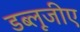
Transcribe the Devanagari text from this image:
डब्लूजीए